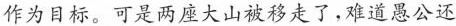
作为目标。可是两座大山被移走了，难道愚公还